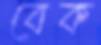
বেক